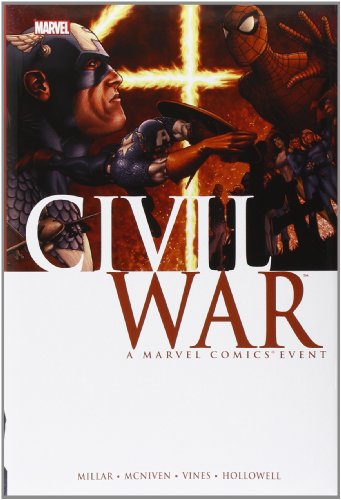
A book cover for Civil War; Mark Millar; Comics & Graphic Novels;